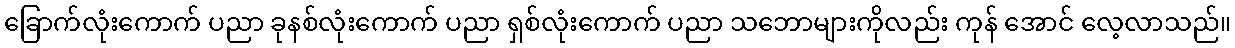
ခြောက်လုံးကောက် ပညာ ခုနစ်လုံးကောက် ပညာ ရှစ်လုံးကောက် ပညာ သဘောများကိုလည်း ကုန် အောင် လေ့လာသည်။